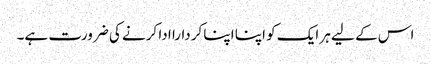
اس کے لیے ہر ایک کو اپنا اپنا کردارا ادا کرنے کی ضرورت ہے۔